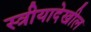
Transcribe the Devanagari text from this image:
स्त्रीयादेखील